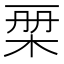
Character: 𣑨